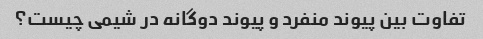
تفاوت بین پیوند منفرد و پیوند دوگانه در شیمی چیست؟